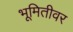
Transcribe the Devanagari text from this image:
भूमितीवर